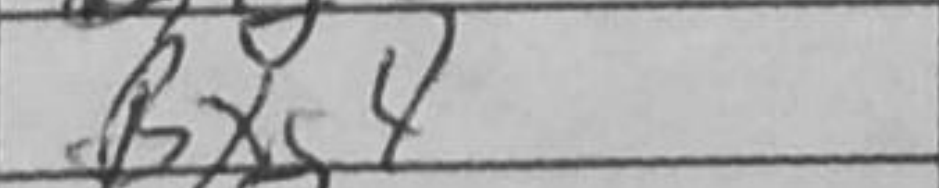
Transcription: Bxg4